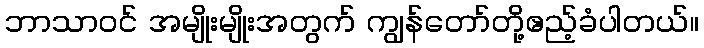
ဘာသာဝင် အမျိုးမျိုးအတွက် ကျွန်တော်တို့ဧည့်ခံပါတယ်။